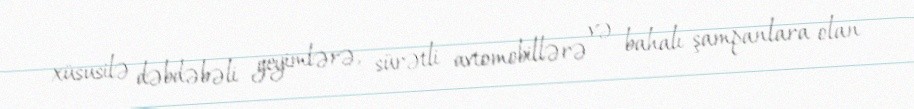
xüsusilə dəbdəbəli geyimlərə, sürətli avtomobillərə və bahalı şampanlara olan